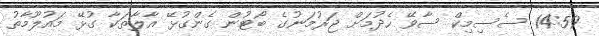
14:59 ސެސިމިކް ސާވޭ ހެދުމަށް ޖަރުމަނުގެ ބޯޓުން ގެންގުޅޭ އާލާތަކާ ގުޅޭ މައުލޫމާތު